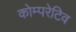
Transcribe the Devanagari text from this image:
कोम्परेटिव